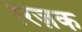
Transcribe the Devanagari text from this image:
रिज़क